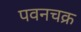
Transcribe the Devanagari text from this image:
पवनचक्र